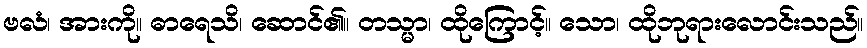
ဗလံ၊ အားကို။ ဓာရေသိ၊ ဆောင်၏။ တသ္မာ၊ ထိုကြောင့်။ သော၊ ထိုဘုရားလောင်းသည်။